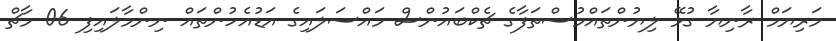
މަރިޔަމް ރާނިޔާ ގުޅޭ ލިޔުންތައްމުސްތަފާގެ ޗެކްބައުންސް މައްސަލައިގެ އަޑުއެހުންތައް ނިންމާލައިފި 06 މާޗް